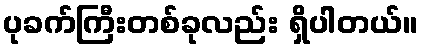
ပုခက်ကြီးတစ်ခုလည်း ရှိပါတယ်။